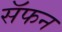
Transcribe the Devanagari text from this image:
सॅफन